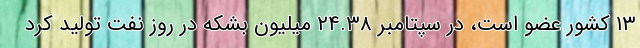
۱۳ کشور عضو است، در سپتامبر ۲۴.۳۸ میلیون بشکه در روز نفت تولید کرد